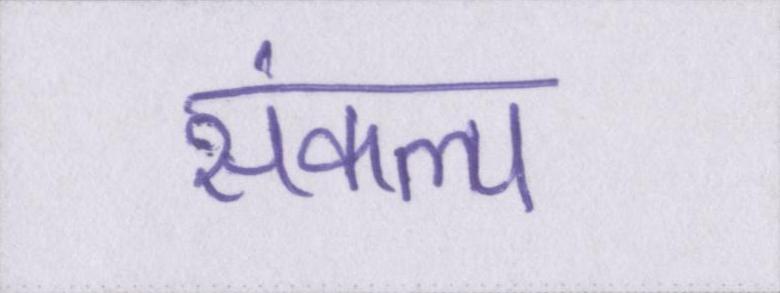
संकल्प